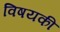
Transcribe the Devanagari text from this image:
विषयकी